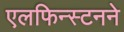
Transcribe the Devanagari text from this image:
एलफिन्स्टनने